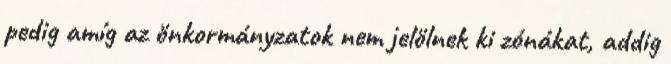
pedig amíg az önkormányzatok nem jelölnek ki zónákat, addig